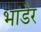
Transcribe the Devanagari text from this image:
भांडेर